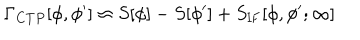
\Gamma _ { C T P } [ \phi , \phi ^ { \prime } ] \approx S [ \phi ] - S [ \phi ^ { \prime } ] + S _ { \mathrm { I F } } [ \phi , \phi ^ { \prime } ; \infty ]